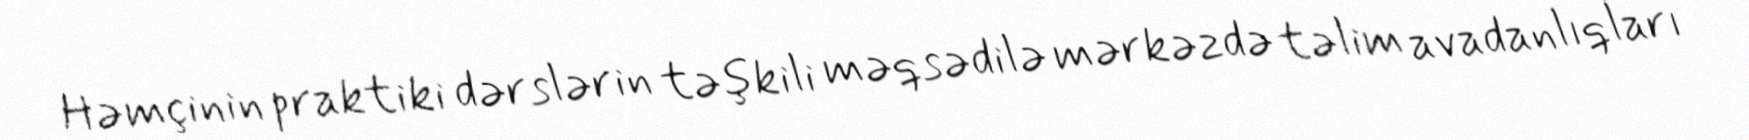
Həmçinin praktiki dərslərin təşkili məqsədilə mərkəzdə təlim avadanlıqları